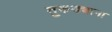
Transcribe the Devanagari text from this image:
तुकड्याना